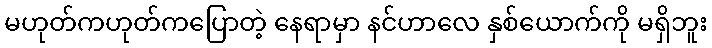
မဟုတ်ကဟုတ်ကပြောတဲ့ နေရာမှာ နင်ဟာလေ နှစ်ယောက်ကို မရှိဘူး